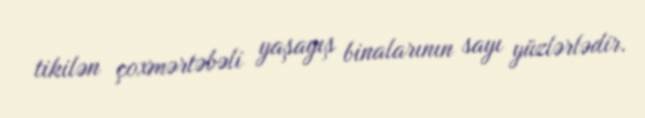
tikilən çoxmərtəbəli yaşayış binalarının sayı yüzlərlədir.